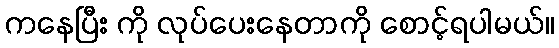
ကနေပြီး ကို လုပ်ပေးနေတာကို စောင့်ရပါမယ်။